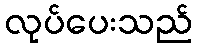
လုပ်ပေးသည်